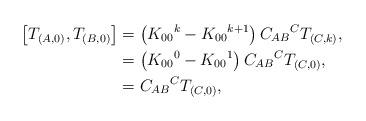
LaTeX: \begin{align*}\left[ T_{(A,0)},T_{(B,0)}\right] & =\left( K_{00}{}^{k}-K_{00}{}^{k+1}\right) C_{AB}{}^{C}T_{(C,k)},\\& =\left( K_{00}{}^{0}-K_{00}{}^{1}\right) C_{AB}{}^{C}T_{(C,0)},\\& =C_{AB}{}^{C}T_{(C,0)},\end{align*}